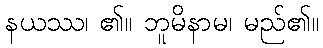
နယဿ၊ ၏။ ဘူမိနာမ၊ မည်၏။